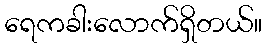
ရေကခါးလောက်ရှိတယ်။